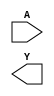
module sky130_fd_sc_hs__clkdlyinv3sd2 (
    //# {{data|Data Signals}}
    input  A,
    output Y
);

    // Voltage supply signals
    supply1 VPWR;
    supply0 VGND;

endmodule